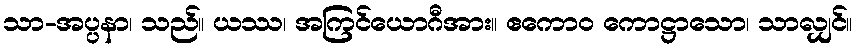
သာ-အပ္ပနာ၊ သည်။ ယဿ၊ အကြင်ယောဂီအား။ ဧကောဝ ကောဋ္ဌာသော၊ သာလျှင်။